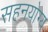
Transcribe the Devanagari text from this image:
सहनयोग्य